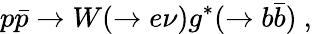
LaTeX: p\bar{p}\rightarrow W(\rightarrow e\nu)g^{*}(\rightarrow b\bar{b})\ ,